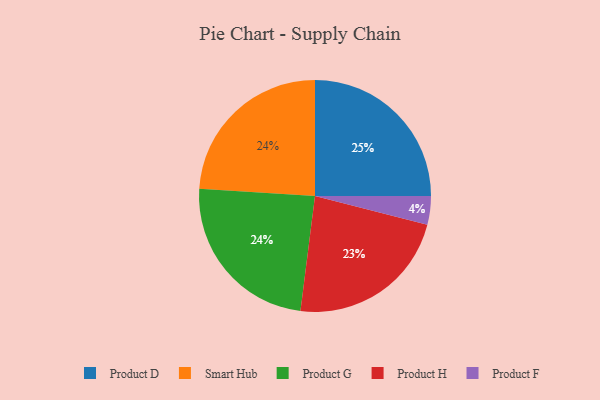
{"axis": {"x": "Category", "y": "Percentage"}, "legend": ["Product D", "Product F", "Product G", "Product H", "Smart Hub"], "data": [{"x": "Smart Hub", "y": 24, "type": "Smart Hub"}, {"x": "Product F", "y": 4, "type": "Product F"}, {"x": "Product G", "y": 24, "type": "Product G"}, {"x": "Product H", "y": 23, "type": "Product H"}, {"x": "Product D", "y": 25, "type": "Product D"}]}